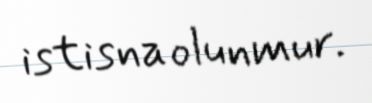
istisna olunmur.